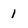
Character: 1